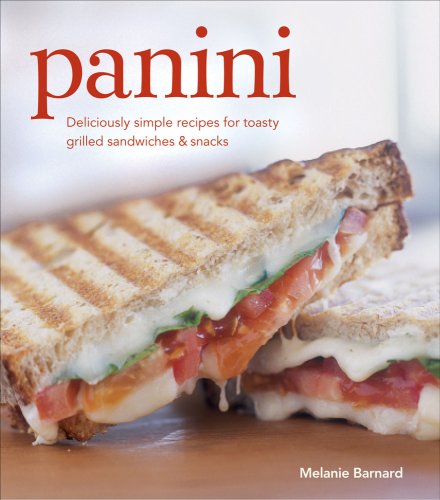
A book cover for Panini; Melanie Barnard; Cookbooks, Food & Wine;